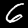
Digit: 6